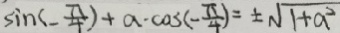
\sin ( - \frac { \pi } { 4 } ) + a \cdot \cos ( - \frac { \pi } { 4 } ) = \pm \sqrt { 1 + a ^ { 2 } }